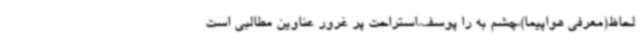
لحاظ(معرفی هواپیما)،چشم به را پوسف،استراحت پر غرور عناوین مطالبی است